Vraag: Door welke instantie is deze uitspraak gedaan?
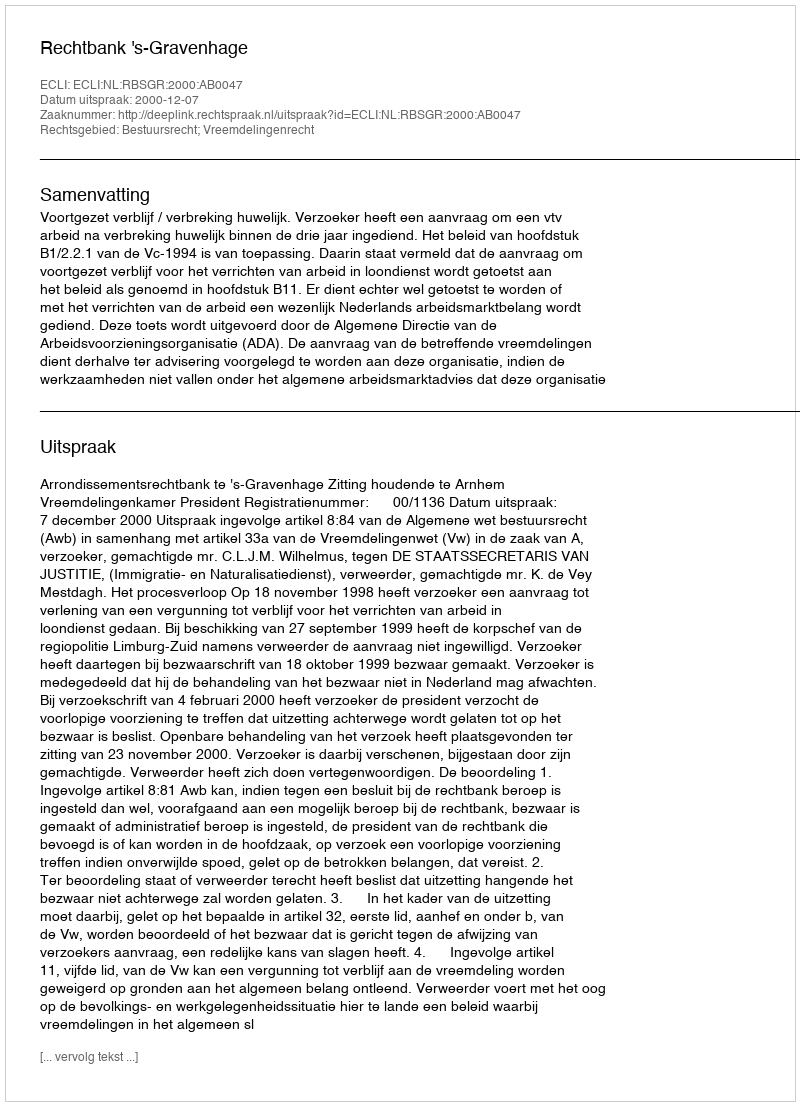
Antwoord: Rechtbank 's-Gravenhage